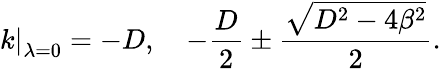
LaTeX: \left.k\right|_{\lambda=0}=-D,\quad-\frac{D}{2}\pm\frac{\sqrt{D^{2}-4\beta^{2}}}{2}.